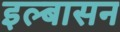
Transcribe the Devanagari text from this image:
इल्बासन